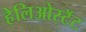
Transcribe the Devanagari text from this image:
हेलिओस्टॅट